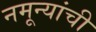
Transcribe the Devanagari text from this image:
नमून्यांची